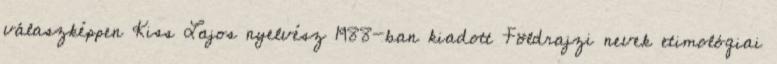
válaszképpen Kiss Lajos nyelvész 1988-ban kiadott Földrajzi nevek etimológiai